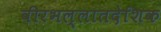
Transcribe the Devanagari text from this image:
वीरभल्लातदेशिक